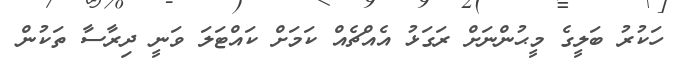
ހަކުރު ބަލީގެ މީޙުންނަށް ރަގަޅު އެއްޗެއް ކަމަށް ކައްޓަލަ ވަނީ ދިރާސާ ތަކުން